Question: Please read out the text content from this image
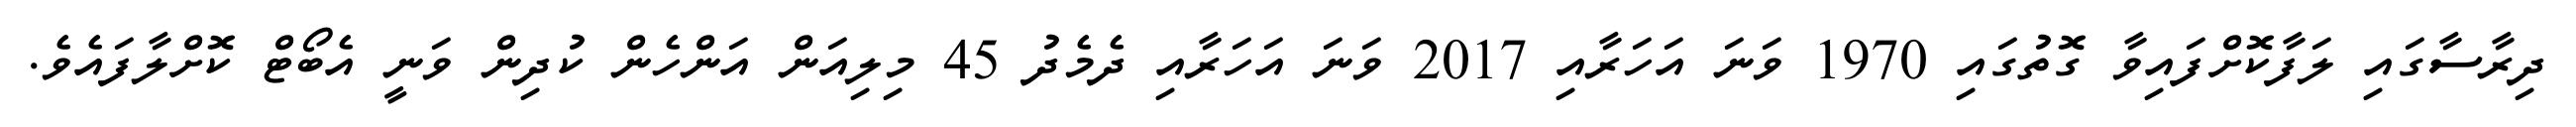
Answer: ދިރާސާގައި ލަފާކޮށްފައިވާ ގޮތުގައި 1970 ވަނަ އަހަރާއި 2017 ވަނަ އަހަރާއި ދެމެދު 45 މިލިއަން އަންހެން ކުދިން ވަނީ އެބޯޓް ކޮށްލާފައެވެ.